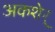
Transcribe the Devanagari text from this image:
अकशेर्